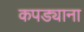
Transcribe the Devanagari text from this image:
कपड्याना